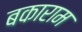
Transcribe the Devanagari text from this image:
बकाराम